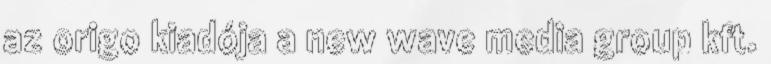
az origo kiadója a new wave media group kft.